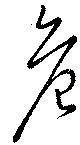
危